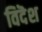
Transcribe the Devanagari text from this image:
विदॆश